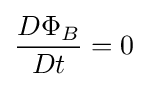
{\frac {D\Phi _{B}}{Dt}}=0